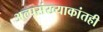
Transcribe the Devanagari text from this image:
अल्पसंख्याकांतही